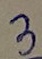
Text: 3